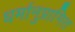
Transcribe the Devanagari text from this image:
धर्मानुप्रागित